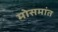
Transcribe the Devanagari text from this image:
मोसमांत